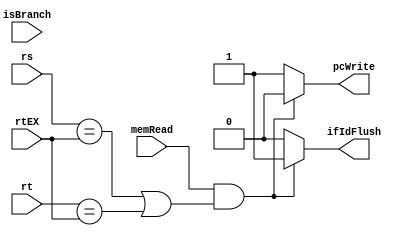
/***************************************************
 * Module: HazardDetection
 * Project: mips32
 * Description: Responsavel por gerar uma bolha entre 
 * uma instrucao que usa um valor que vai ser carregado
 * na instrucao anterior. Tambem gera as bolhas necessarias
 * quando um desvio  tomado.
 ***************************************************/

module hazardDetection(rs, rt, rtEX, memRead, isBranch, pcWrite, ifIdFlush);
	input[4:0] rs, rt, rtEX;
	input memRead, isBranch;
	output pcWrite, ifIdFlush;

	
	//uso de um registrador que vai ser alterado por um lw
	assign pcWrite = (memRead & (rs==rtEX | rt==rtEX))? 0:1;

	//branch
	assign ifIdFlush = (memRead & (rs==rtEX | rt==rtEX))? 1:0;
endmodule